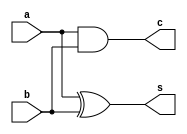
`timescale 1ns / 1ps
//////////////////////////////////////////////////////////////////////////////////
// Company: 
// Engineer: 
// 
// Design Name: 
// Module Name:    adder 
// Project Name: 
// Target Devices: 
// Tool versions: 
// Description: 
//
// Dependencies: 
//
// Revision: 
// Revision 0.01 - File Created
// Additional Comments: 
//
//////////////////////////////////////////////////////////////////////////////////
module halfAdder(
	input wire a,
	input wire b,	
	output wire s,
	output wire c
    );	
	//Ecuacion de la salida sumada
	xor(s,a,b);
	//Ecuacion para el carry de salida
	and(c,a,b);	
endmodule